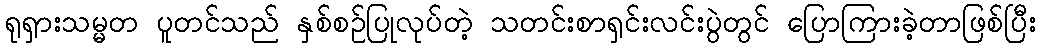
ရုရှားသမ္မတ ပူတင်သည် နှစ်စဉ်ပြုလုပ်တဲ့ သတင်းစာရှင်းလင်းပွဲတွင် ပြောကြားခဲ့တာဖြစ်ပြီး